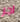
اجر